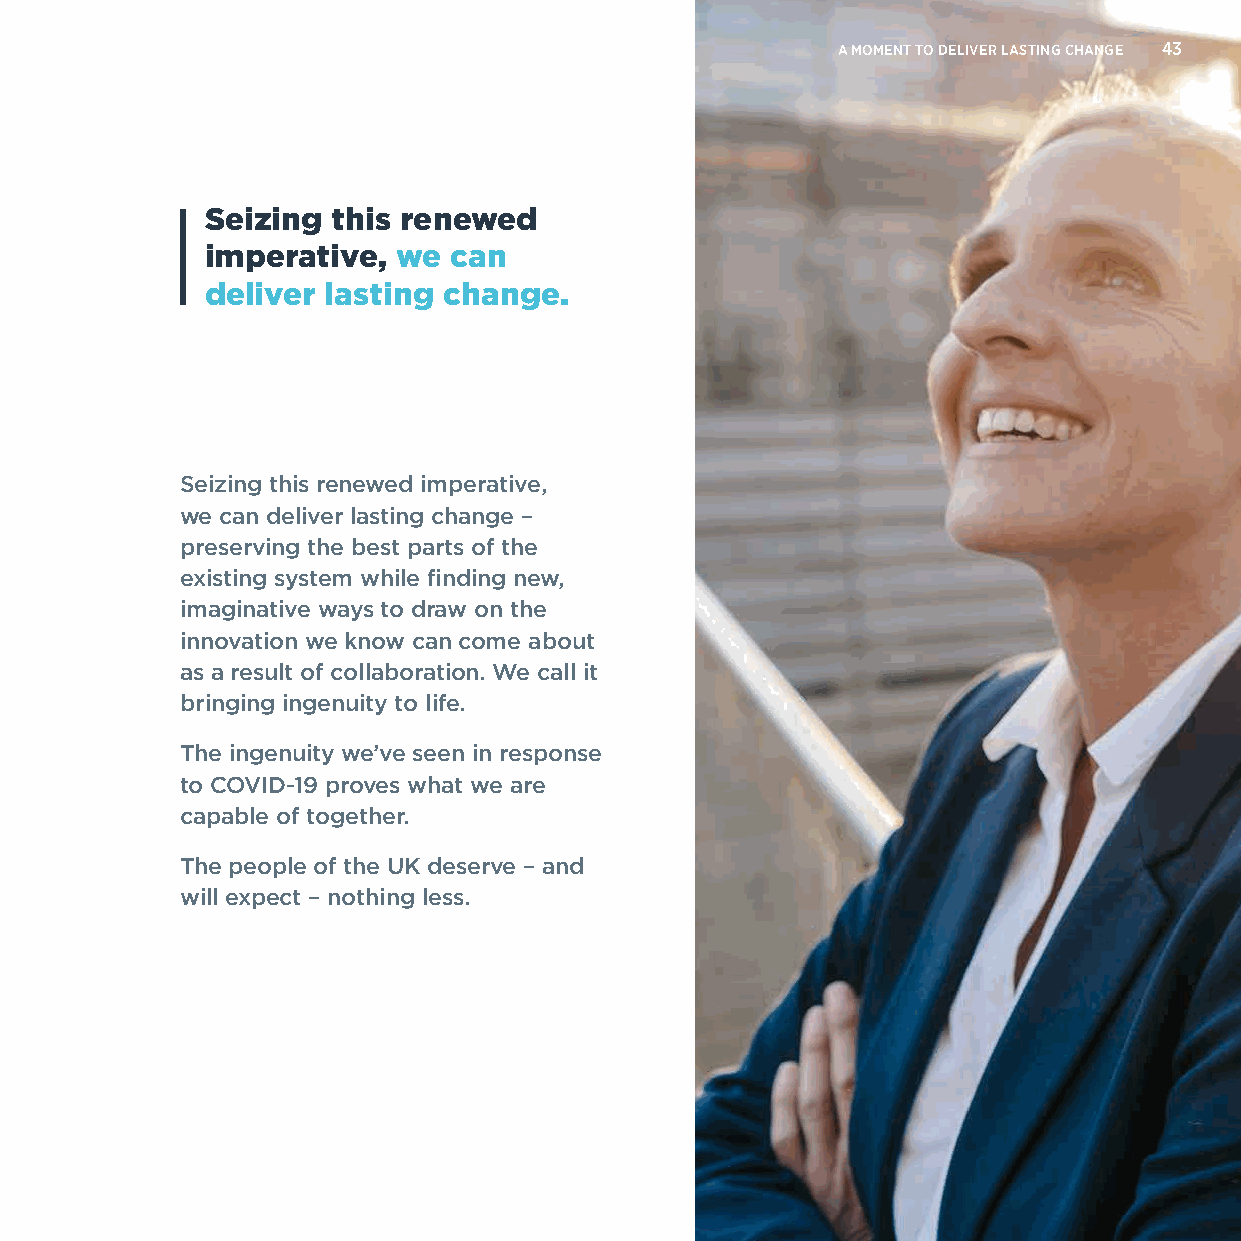
A MOMENT TO DELIVER LASTING CHANGE 43
 Seizing this renewed
 imperative, we  can
 deliver lasting change.
 Seizing this renewed imperative,
 we can deliver lasting change –
 preserving the best parts of the
 existing system while finding new,
 imaginative ways to draw on the
 innovation we know can come about
 as a result of collaboration. We call it
 bringing ingenuity to life.
 The ingenuity we’ve seen in response
 to COVID-19 proves what we are
 capable of together.
 The people of the UK deserve – and
 will expect – nothing less.